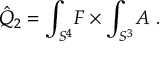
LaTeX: \hat { Q } _ { 2 } = \int _ { S ^ { 4 } } \! F \times \int _ { S ^ { 3 } } \! A \ .